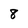
Character: 8